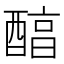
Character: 醕